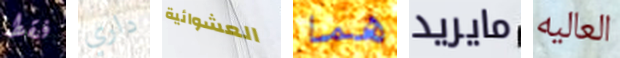
فقط داري العشوائية هما مايريد العاليه